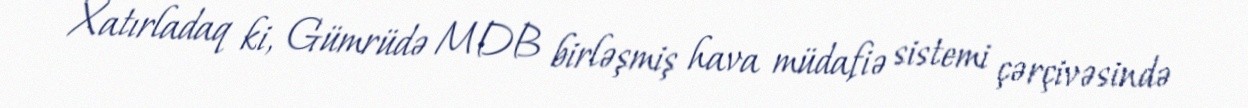
Xatırladaq ki, Gümrüdə MDB birləşmiş hava müdafiə sistemi çərçivəsində